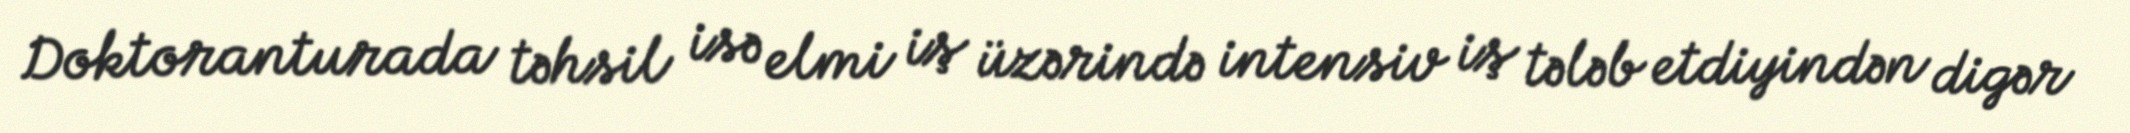
Doktoranturada təhsil isə elmi iş üzərində intensiv iş tələb etdiyindən digər